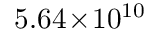
5 . 6 4 \! \times \! 1 0 ^ { 1 0 }